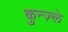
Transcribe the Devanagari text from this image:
कुन्ज़्ले